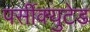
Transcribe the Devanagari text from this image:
पर्सीक्युटेड